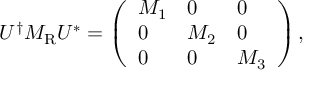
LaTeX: U ^ { \dagger } M _ { \mathrm { R } } U ^ { * } = \left( \begin{array} { l l l } { { M _ { 1 } } } & { { 0 } } & { { 0 } } \\ { { 0 } } & { { M _ { 2 } } } & { { 0 } } \\ { { 0 } } & { { 0 } } & { { M _ { 3 } } } \end{array} \right) ,